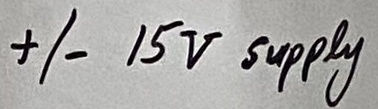
Text: +/- 15V supply